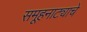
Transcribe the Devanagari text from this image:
समूहनाट्याचे